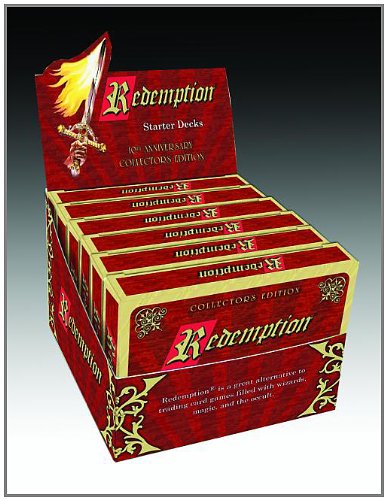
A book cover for Redemption Starter Decks: 10th Anniversary Collector's Edition; Science Fiction & Fantasy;